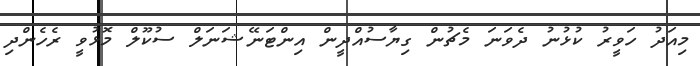
މިއަދު ހަވީރު ކުޅުނު ދެވަނަ މެޗުން ގިޔާސުއްދީން އިންޓަނޭޝަނަލް ސުކޫލް މޮޅުވީ ރެހެންދި